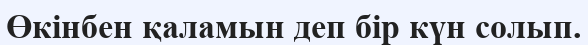
Өкінбен қаламын деп бір күн солып.